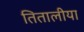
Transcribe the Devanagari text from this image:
तितालीया